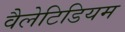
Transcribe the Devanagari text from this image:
वैलेटिडियम